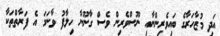
އަދި މުޒާހަރާގެ ބައިވެރިންނާއި ނޫސްވެރިން ވެސް ގާނޫނާ ހިލާފު ވާނަމަ އެ ފަރާތްތަކާ